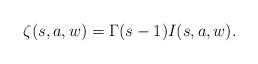
LaTeX: \begin{align*} \zeta(s,a,w) = \Gamma(s-1) I(s,a,w).\end{align*}